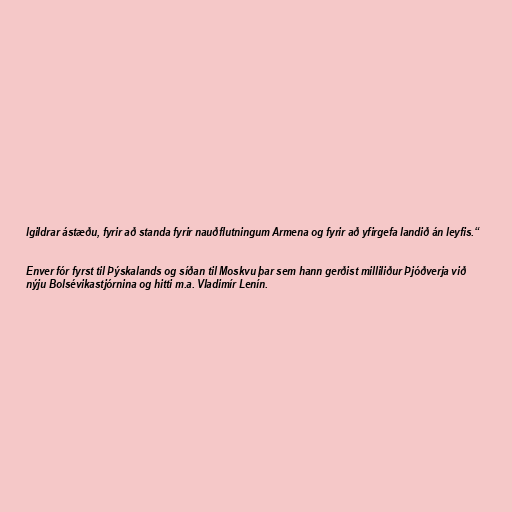
lgildrar ástæðu, fyrir að standa fyrir nauðflutningum Armena og fyrir að yfirgefa landið án leyfis.“

Enver fór fyrst til Þýskalands og síðan til Moskvu þar sem hann gerðist milliliður Þjóðverja við
nýju Bolsévikastjórnina og hitti m.a. Vladimír Lenín.